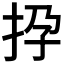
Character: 𢫡